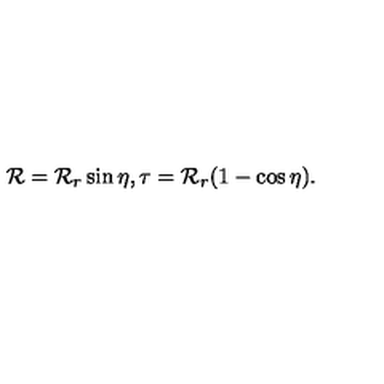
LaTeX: { \cal R } = { \cal R } _ { r } \sin \eta , \tau = { \cal R } _ { r } ( 1 - \cos \eta ) .